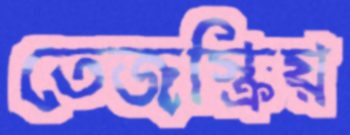
তেজস্ক্রিয়